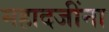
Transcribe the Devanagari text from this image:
महादजींना